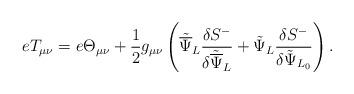
LaTeX: \begin{align*}eT_{\mu\nu} = e\Theta_{\mu\nu} + \frac{1}{2}g_{\mu\nu}\left({\tilde{\overline\Psi}}_{L}\frac{\delta{S}^-}{\delta{\tilde{\overline\Psi}}_{L}} + {\tilde\Psi}_{L}\frac{\delta{S}^-}{\delta{\tilde\Psi}_{L_0}}\right).\end{align*}